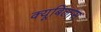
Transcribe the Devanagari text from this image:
क्यूबिलास